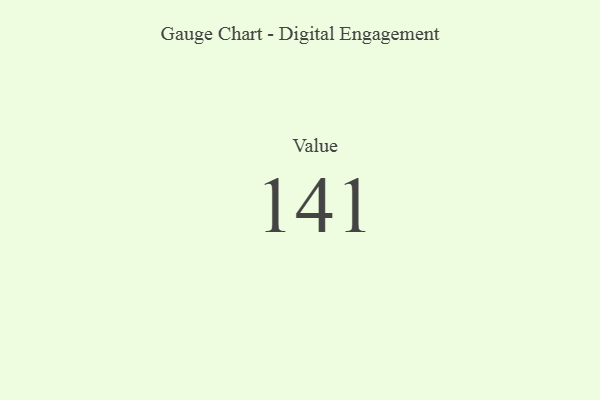
{"axis": {"x": "Metric", "y": "Value"}, "legend": [""], "data": [{"x": "Value", "y": 141, "type": ""}]}